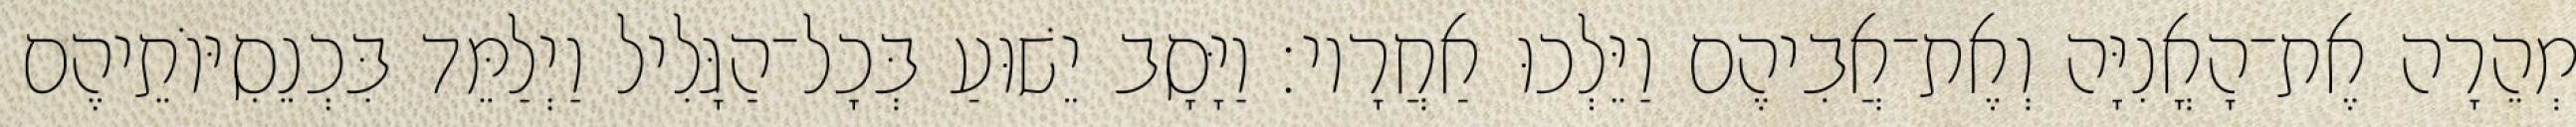
מְהֵרָה אֶת־הָאֳנִיָּה וְאֶת־אֲבִיהֶם וַיֵּלְכוּ אַחֲרָיו׃ וַיָּסָב יֵשׁוּעַ בְּכָל־הַגָּלִיל וַיְלַמֵּד בִּכְנֵסִיּוֹתֵיהֶם